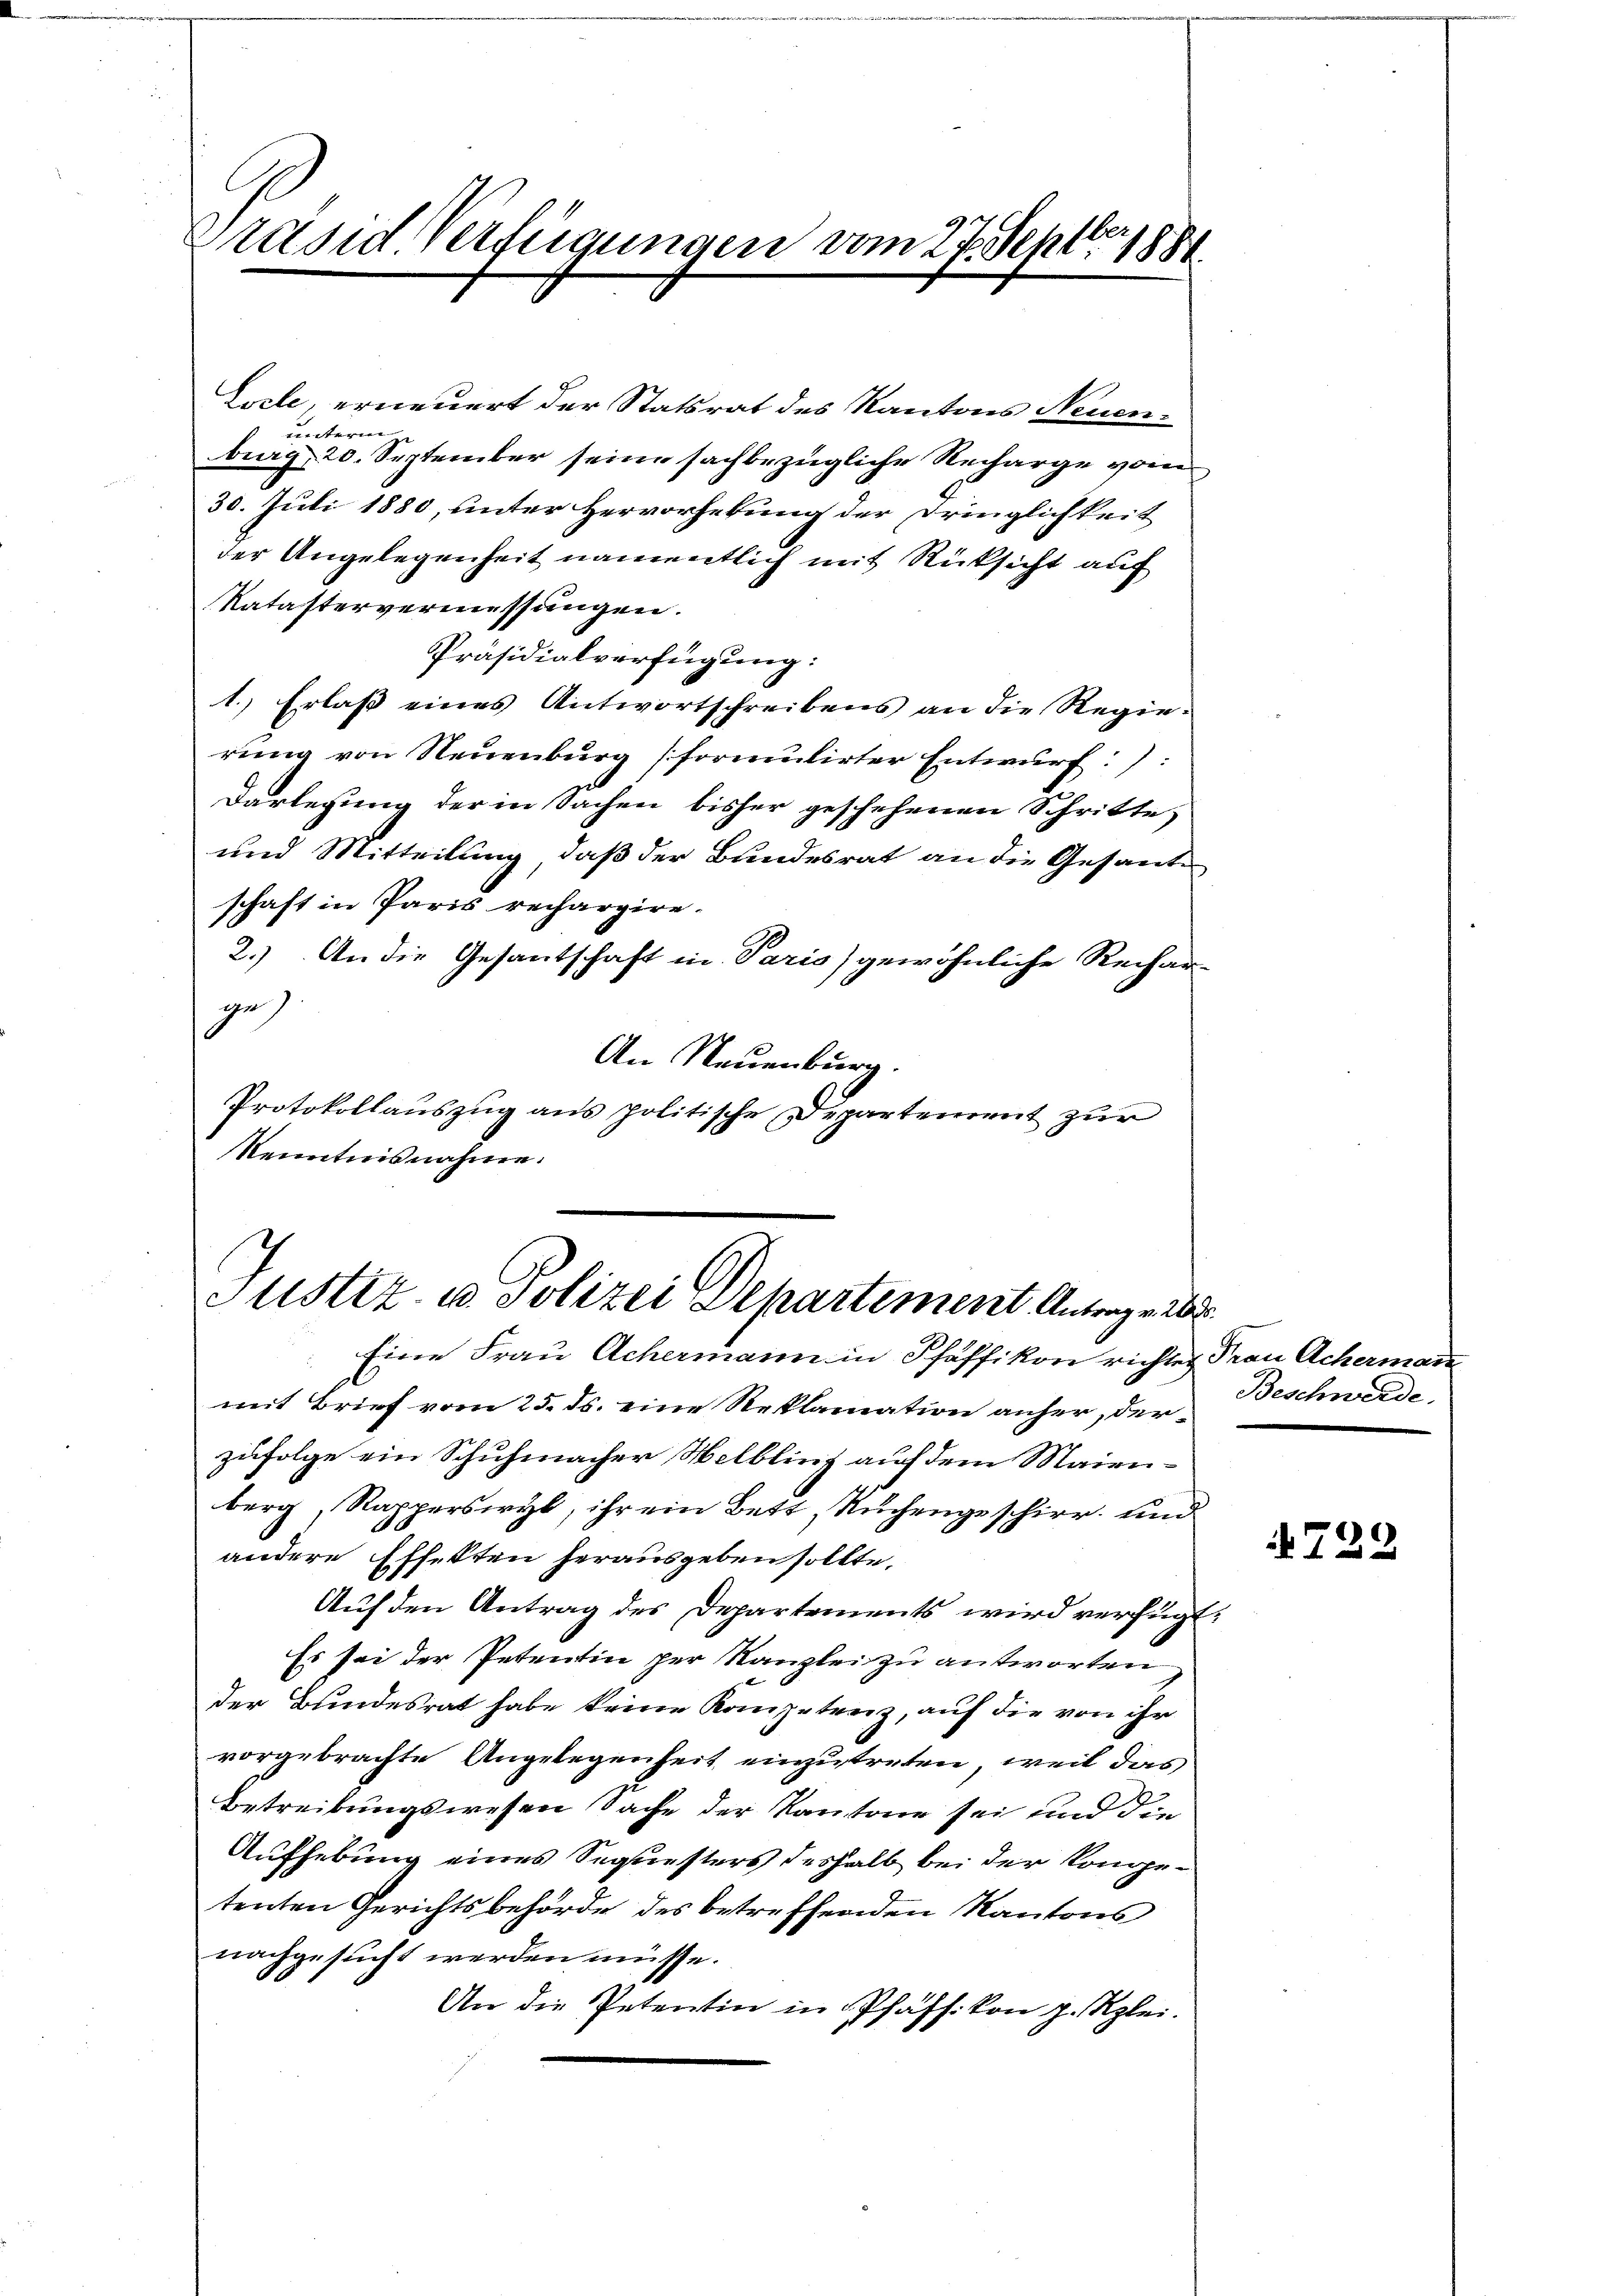
Präsid Verfügungen vom 27. Septbr 1881.

Zoele, erneuert der Statsrat des Kantons Neuen-
unterm
burg 20. September seine sachbezügliche Recharge vom
30. Juli 1880, unter Hervorhebung der Dringlichkeit
der Angelegenheit namentlich mit Rücksicht auf
Natastervermessungen.
Präsidialverfügung:
1.) Erlaß eines Antwortschreibens an die Regierung von Neuenburg formulirter Entwurf:):
Darlegung der in Sachen bisher geschehenen Schritte,
und Mitteilung, daß der Bundesrat an die Gesand
schaft in Paris rechargire-
2.) An die Gesantschaft in Paris) gewöhnliche Rechar-
ge)
An Neuenburg.
Protokollauszug aus politische Departement zur
Kenntnisnahme.

Justiz, in Polizei Departement Antrage d

Eine Frau Achermann in Pfäffikon richtes Frau Achermann
mit Brief vom 25. ds. eine Reklamation anher, derzufolge ein Schuhmacher Helbling auf dem Maienberg, Rapperswyl, ihr ein Bett, Ruchengeschirr und
andere Effekten herausgeben sollte.
Auf den Antrag des Departements wird verfügt:
Es sei der Petentin per Kanzlei zu antworten
der Bundesrat habe keine Kanzetenz, auf die von ihr
vorgebrachte Angelegenheit einzutreten, weil das
Betreibungswesen Sache der Kantone sei und die
Aufhebung eines Sequesters deshalb bei der Kongetenten Gerichtsbehörde des betreffenden Kantons
nachgesucht werden müsse.
An die Petentin in Pfäffikon p. Kzlei.

Beschwerde.

729